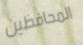
المحافظين